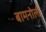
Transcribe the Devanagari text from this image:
बामनोली